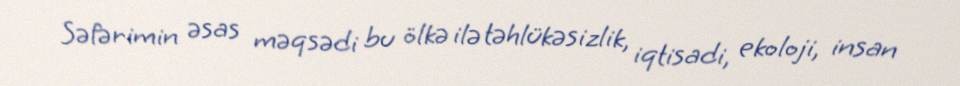
Səfərimin əsas məqsədi bu ölkə ilə təhlükəsizlik, iqtisadi, ekoloji, insan